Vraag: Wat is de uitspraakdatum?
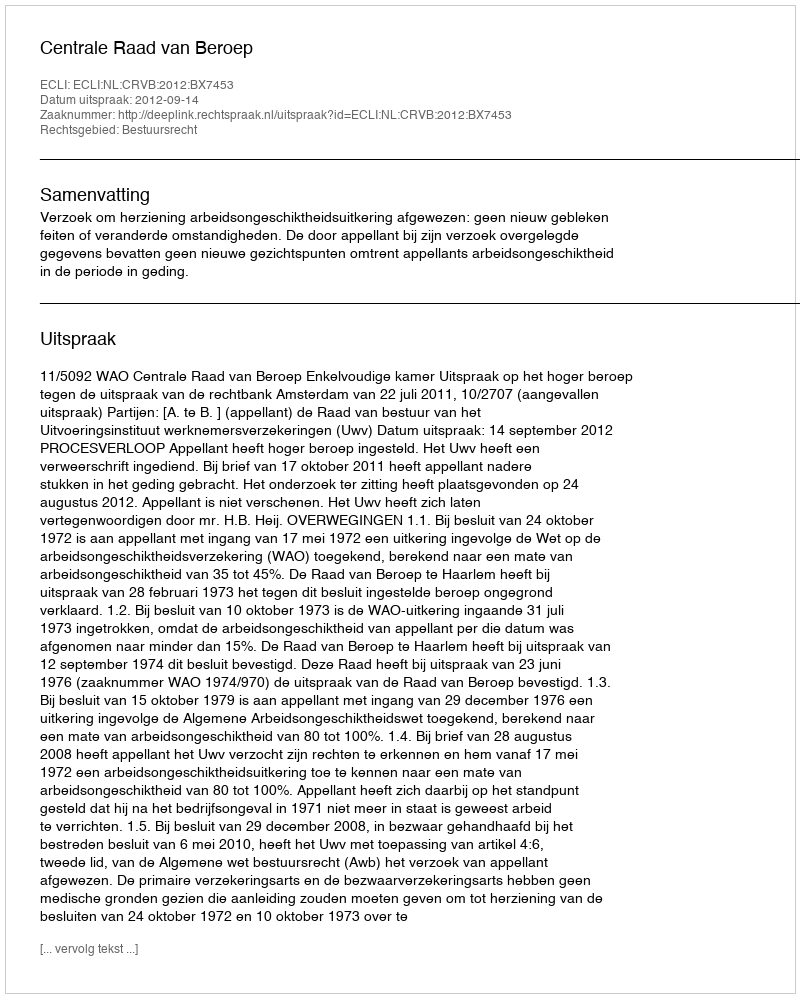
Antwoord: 2012-09-14